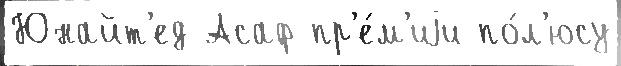
Юнайт'ед Асаф пр'е́м'иjи по́л'юсу